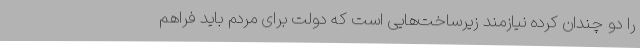
را دو چندان کرده نیازمند زیرساخت‌هایی است که دولت برای مردم باید فراهم